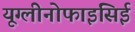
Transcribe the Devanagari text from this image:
यूग्लीनोफाइसिई